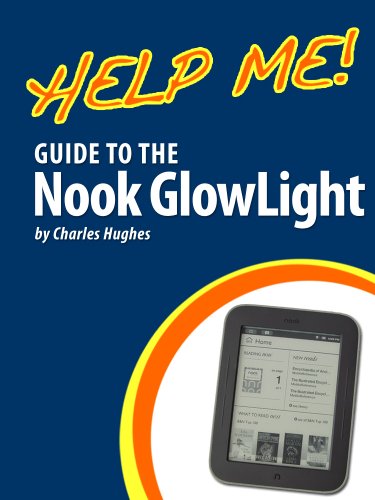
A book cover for Help Me! Guide to the Nook GlowLight: Step-by-Step User Guide for Barnes and Noble's First Backlit eReader; Charles Hughes; Computers & Technology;